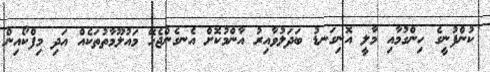
ކުންފުނީގެ ހިންގުމާއި މާލީ އޮނިގަނޑު ބަދަލުވާއިރު އާންމުކޮށް އެނގެންޖެހޭ މައުލޫމާތުތަކެއް އަދި މިފްކޯއިން